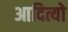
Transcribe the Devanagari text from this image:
आदित्यो